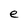
Character: e